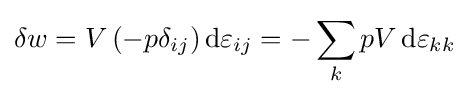
\delta w=V\,(-p\delta _{ij})\,\mathrm {d} \varepsilon _{ij}=-\sum _{k}pV\,\mathrm {d} \varepsilon _{kk}